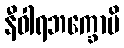
နီဝါရဘက္ခောပိ